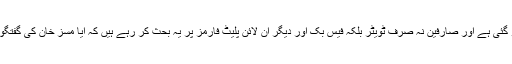
شادی شدہ خواتین کے حوالے سے مسز خان کی گفتگو سوشل میڈیا پر وائرل ہو گئی ہے اور صارفین نہ صرف ٹویٹر بلکہ فیس بک اور دیگر آن لائن پلیٹ فارمز پر یہ بحث کر رہے ہیں کہ آیا مسز خان کی گفتگو ’عورت دشمن‘ ہے یا وہ مشرقی روایات کے مطابق بالکل ٹھیک کہہ رہی ہیں۔